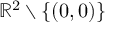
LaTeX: \mathbb { R } ^ { 2 } \smallsetminus \{ ( 0 , 0 ) \}